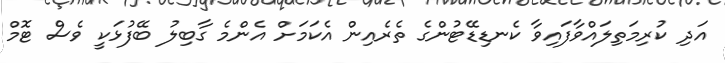
އަދި ކުރިމަތިލައްވާފައިވާ ކެނޑިޑޭޓުންގެ ތެރެއިން އެކަމަށް އެންމެ ގާބިލު ބޭފުޅަކީ ވެސް ޓޮމް